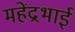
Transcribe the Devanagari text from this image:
महेंद्रभाई